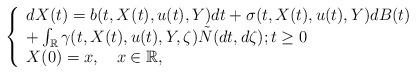
LaTeX: \begin{align*} \left\{ \begin{array}{l}dX(t)=b(t,X(t),u(t),Y)dt+\sigma(t,X(t),u(t),Y)dB(t)\\+\int_{\mathbb{R}} \gamma(t,X(t),u(t),Y,\zeta)\tilde{N}(dt,d\zeta); t\geq 0\\X(0)=x,\quad\hbox{$x\in \mathbb{R}$,} \end{array} \right.\end{align*}